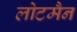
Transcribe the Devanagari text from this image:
लोटमैन